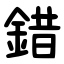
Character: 錯